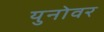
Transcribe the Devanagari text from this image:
युनोवर